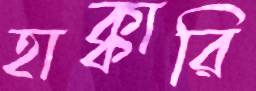
হাক্কারি